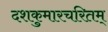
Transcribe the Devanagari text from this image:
दशकुमारचरितम्